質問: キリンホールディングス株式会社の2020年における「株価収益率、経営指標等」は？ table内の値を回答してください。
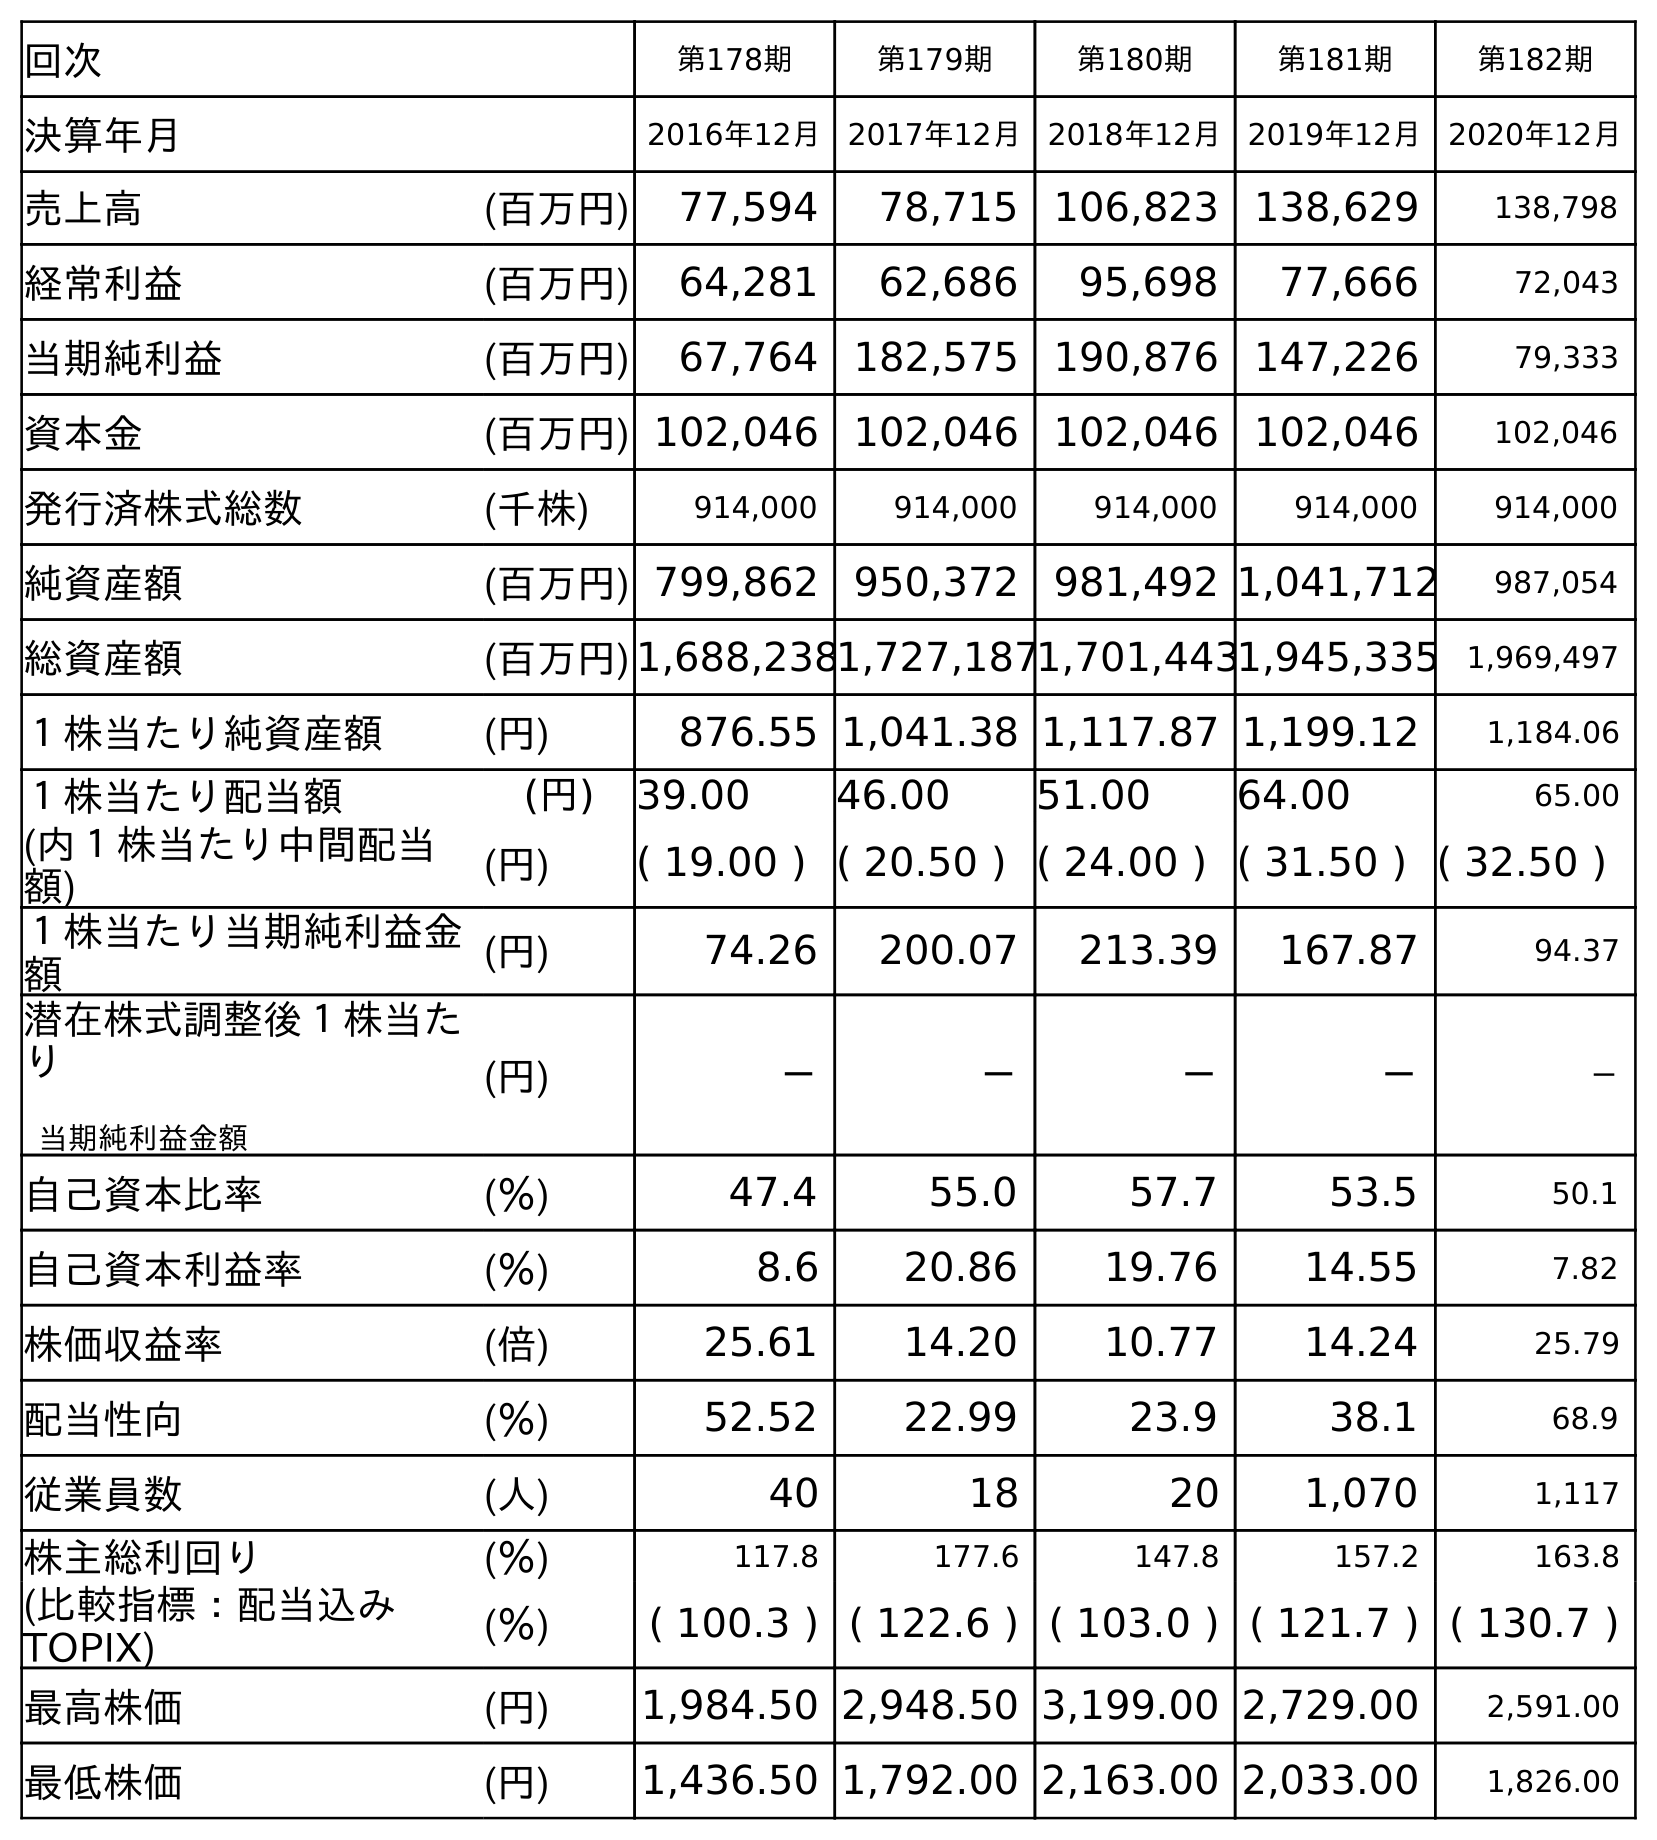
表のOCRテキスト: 回次 第178期 第179期 第180期 第181期 第182期 決算年月 2016年12月 2017年12月 2018年12月 2019年12月 2020年12月 売上高 (百万円) 77,594 78,715 106,823 138,629 138,798 経常利益 (百万円) 64,281 62,686 95,698 77,666 72,043 当期純利益 (百万円) 67,764 182,575 190,876 147,226 79,333 資本金 (百万円) 102,046 102,046 102,046 102,046 102,046 発行済株式総数 (千株) 914,000 914,000 914,000 914,000 914,000 純資産額 (百万円) 799,862 950,372 981,492 1,041,712 987,054 総資産額 (百万円)1,688,2381,727,1871,701,4431,945,335 1,969,497 １株当たり純資産額 (円) 876.55 1,041.38 1,117.87 1,199.12 1,184.06 １株当たり配当額 (円) 39.00 46.00 51.00 64.00 65.00 (内１株当たり中間配当 額) (円) ( 19.00 ) ( 20.50 ) ( 24.00 ) ( 31.50 ) ( 32.50 ) １株当たり当期純利益金 額 (円) 74.26 200.07 213.39 167.87 94.37 潜在株式調整後１株当た り 当期純利益金額 (円) － － － － － 自己資本比率 (％) 47.4 55.0 57.7 53.5 50.1 自己資本利益率 (％) 8.6 20.86 19.76 14.55 7.82 株価収益率 (倍) 25.61 14.20 10.77 14.24 25.79 配当性向 (％) 52.52 22.99 23.9 38.1 68.9 従業員数 (人) 40 18 20 1,070 1,117 株主総利回り (％) 117.8 177.6 147.8 157.2 163.8 (比較指標：配当込み TOPIX) (％) ( 100.3 ) ( 122.6 ) ( 103.0 ) ( 121.7 ) ( 130.7 ) 最高株価 (円) 1,984.50 2,948.50 3,199.00 2,729.00 2,591.00 最低株価 (円) 1,436.50 1,792.00 2,163.00 2,033.00 1,826.00
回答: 25.79